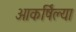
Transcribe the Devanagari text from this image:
आकर्षिल्या